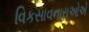
વિકસાવનારાઓએ